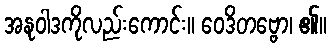
အနုဝါဒကိုလည်းကောင်း။ ဝေဒိတဗ္ဗော၊ ၏။